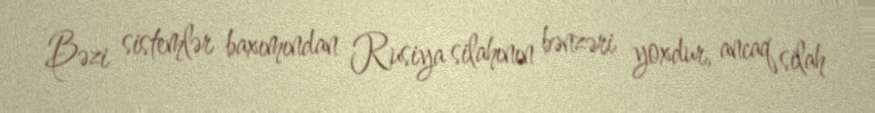
Bəzi sistemlər baxımından Rusiya silahının bənzəri yoxdur, ancaq silah